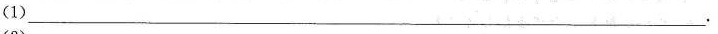
（1）___.